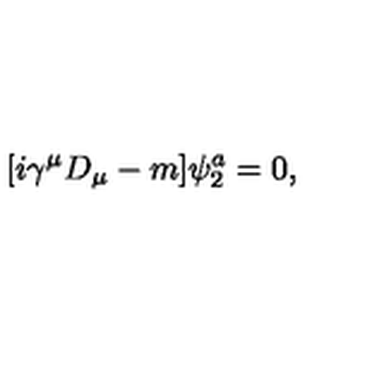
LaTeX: [ i \gamma ^ { \mu } D _ { \mu } - m ] \psi _ { 2 } ^ { a } = 0 ,